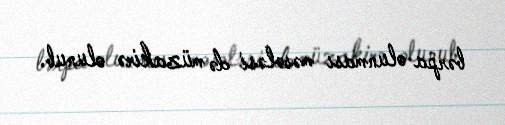
bərpa olunması məsələsi də müzakirə olunub.